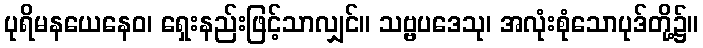
ပုရိမနယေနေဝ၊ ရှေးနည်းဖြင့်သာလျှင်။ သဗ္ဗပဒေသု၊ အလုံးစုံသောပုဒ်တို့၌။